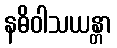
နဓိဝါသယန္တာ